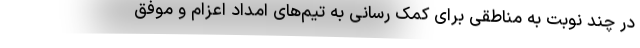
در چند نوبت به مناطقی برای کمک رسانی به تیم‌های امداد اعزام و موفق